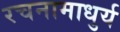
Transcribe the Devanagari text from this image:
रचनामाधुर्य